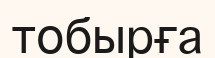
тобырға